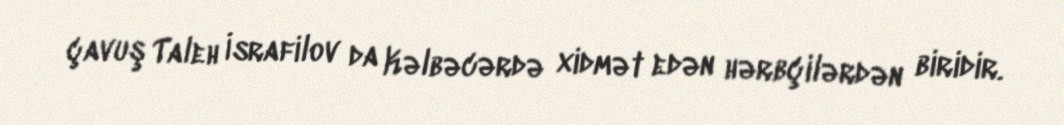
çavuş Taleh İsrafilov da Kəlbəcərdə xidmət edən hərbçilərdən biridir.